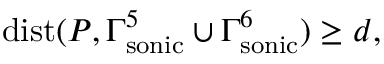
\mathrm { { d i s t } } ( P , \Gamma _ { \mathrm { s o n i c } } ^ { 5 } \cup \Gamma _ { \mathrm { s o n i c } } ^ { 6 } ) \geq d ,